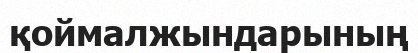
қоймалжындарының